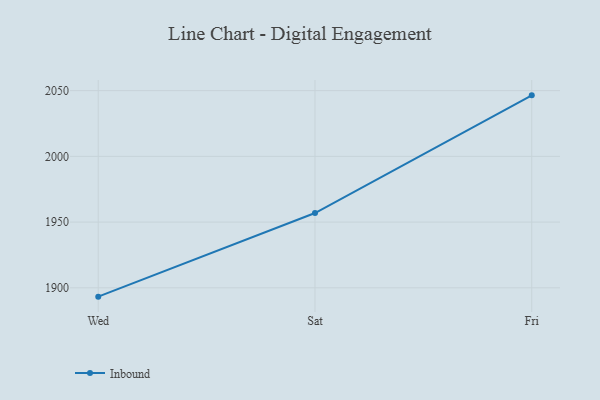
{"axis": {"x": "Day", "y": "Market Share (%)"}, "legend": ["Inbound"], "data": [{"x": "Wed", "y": 1893.3, "type": "Inbound"}, {"x": "Sat", "y": 1956.9, "type": "Inbound"}, {"x": "Fri", "y": 2046.4, "type": "Inbound"}]}